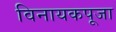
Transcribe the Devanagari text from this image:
विनायकपूजा